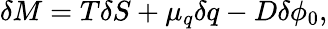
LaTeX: \delta M=T\delta S+\mu_{q}\delta q-D\delta\phi_{0},